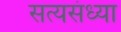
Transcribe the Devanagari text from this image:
सत्यसंध्या